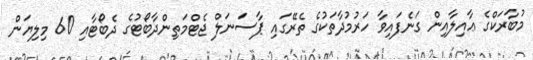
މުބާރަކްގެ ޢާއިލާއިން ގަނެފައިވާ ހަރުމުދާތަކުގެ ތެރޭގައި ޕާސަނަލް ޖެޓްމަތިންދާބޯޓުގެ ދެބޯޓާއި 60 މިލިޔަން